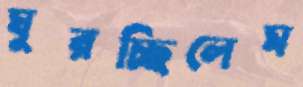
ঘুরচ্ছিলেম